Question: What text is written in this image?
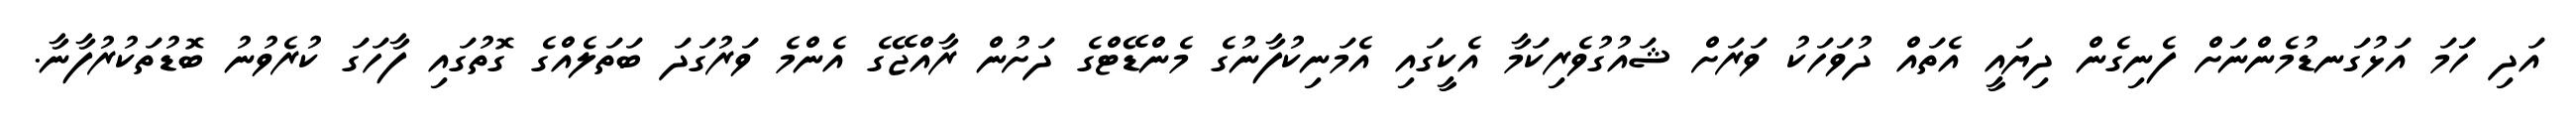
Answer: އަދި ހަަމަ އަޅުގަނޑުމެންނަށް ފެނިގެން ދިޔައީ އެތައް ދުވަހަކު ވަރަށް ޝައުގުވެރިކަމާ އެކީގައި އެމަނިކުފާނުގެ މެންޑޭޓްގެ ދަށުން ރާއްޖޭގެ އެންމެ ވަރުގަދަ ބަތަލެއްގެ ގޮތުގައި ފާހަގަ ކުރެވުނު ބޮޑުތަކުރުފާނާ.